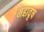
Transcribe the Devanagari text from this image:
महावृष